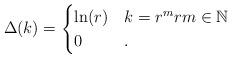
LaTeX: \begin{align*} \Delta(k)=\begin{cases} \ln(r) & k=r^m rm\in \mathbb{N} \\ 0 & . \end{cases}\end{align*}